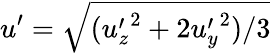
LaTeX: u^{\prime}=\sqrt{({u_{z}^{\prime}}^{2}+2{u_{y}^{\prime}}^{2})/3}